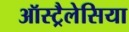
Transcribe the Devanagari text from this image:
ऑस्ट्रैलेसिया